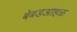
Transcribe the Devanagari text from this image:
बेबडओहळ